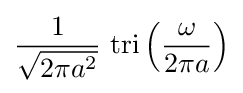
{\frac {1}{\sqrt {2\pi a^{2}}}}\,\operatorname {tri} \left({\frac {\omega }{2\pi a}}\right)